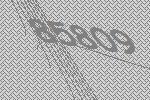
85809